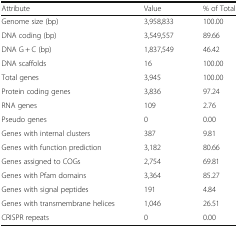
| Attribute | Value | % of Total |
 | --- | --- | --- |
 | Genome size (bp) | 3,958,833 | 100.00 |
 | DNA coding (bp) | 3,549,557 | 89.66 |
 | DNA G + C (bp) | 1,837,549 | 46.42 |
 | DNA scaffolds | 16 | 100.00 |
 | Total genes | 3,945 | 100.00 |
 | Protein coding genes | 3,836 | 97.24 |
 | RNA genes | 109 | 2.76 |
 | Pseudo genes | 0 | 0.00 |
 | Genes with internal clusters | 387 | 9.81 |
 | Genes with function prediction | 3,182 | 80.66 |
 | Genes assigned to COGs | 2,754 | 69.81 |
 | Genes with Pfam domains | 3,364 | 85.27 |
 | Genes with signal peptides | 191 | 4.84 |
 | Genes with transmembrane helices | 1,046 | 26.51 |
 | CRISPR repeats | 0 | 0.00 |